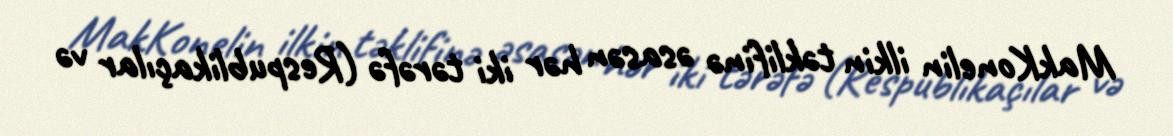
MakKonelin ilkin təklifinə əsasən hər iki tərəfə (Respublikaçılar və